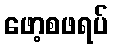
ဖော့စဖရပ်